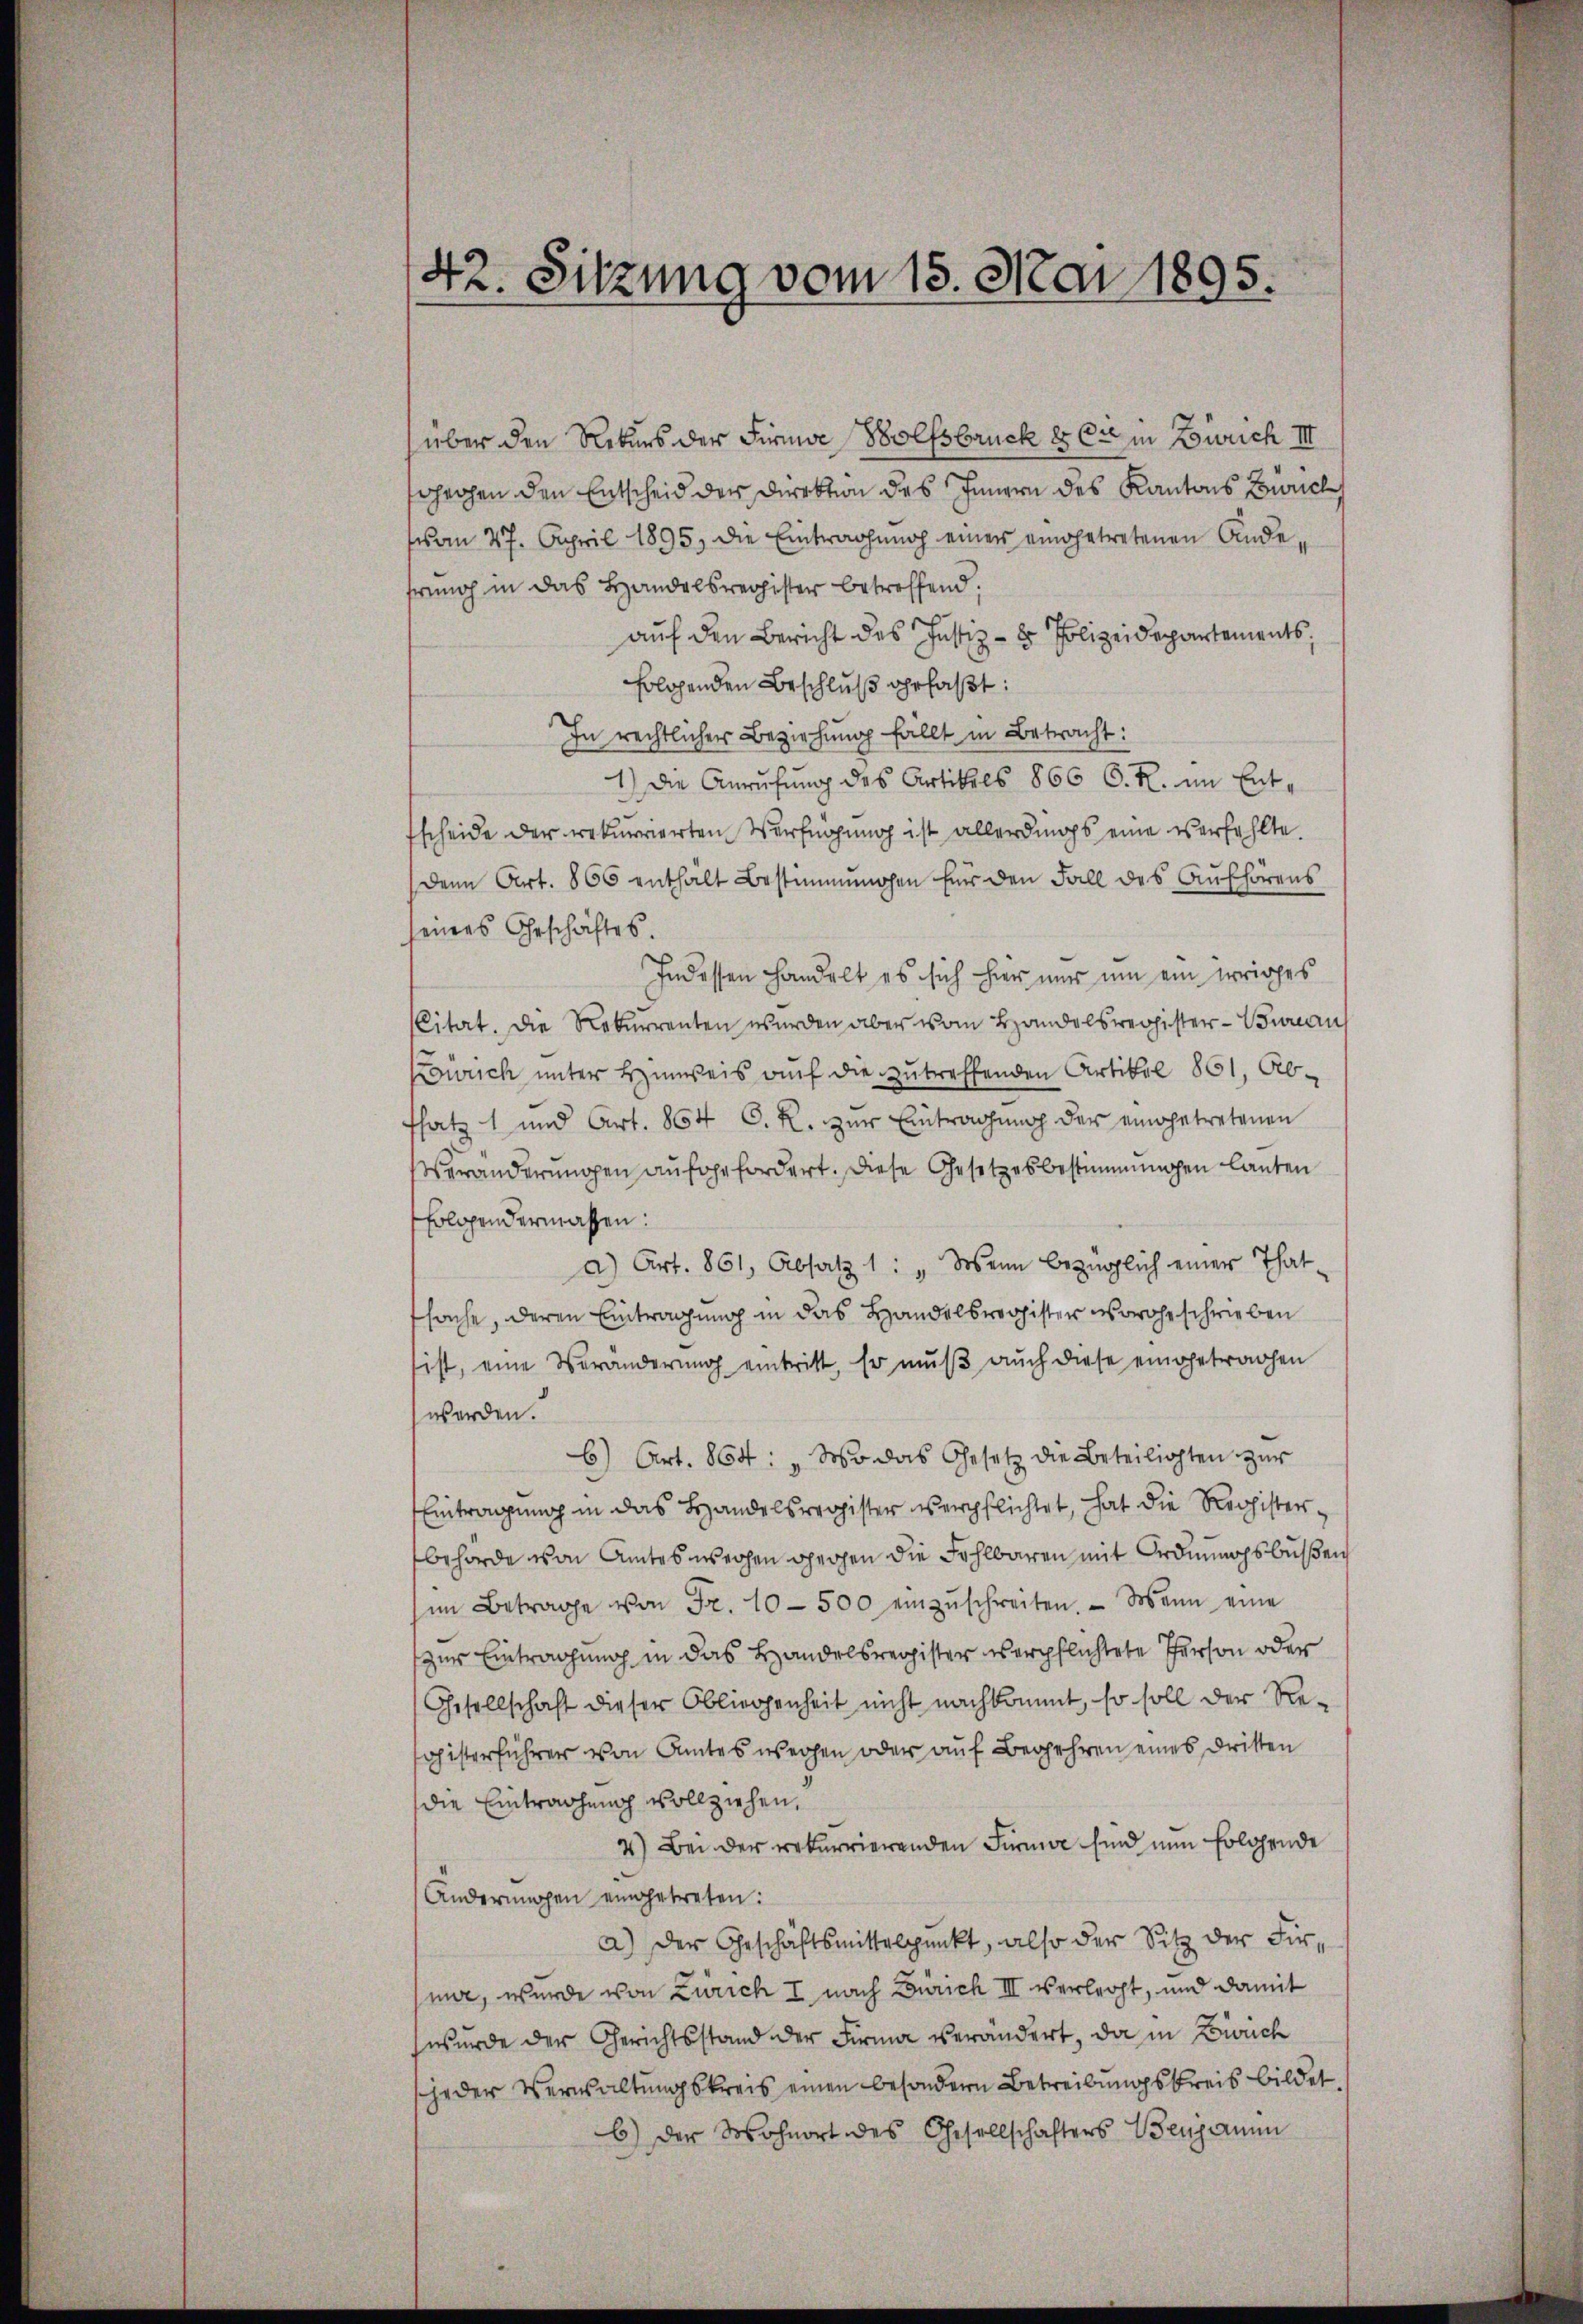
42. Sitzung vom 15. Mai 1895.

über den Rekurs der Firme Wolfsbruck & Cie in Zürich III
schechen den Entscheid der Direktion des Innern des Kantons Biel
vom 27. April 1895, die Eintragung einer eingetretenen Andefrung in das Handelsregister betreffend:
aŭf den Bericht des Justiz- & Polizeidepartements,
folgenden Beschluß gefaßt:
In rechtlicher Beziehung fällt in Betracht:
1) Die Anrufung des Artikels 866 C. R. im Entfscheide der rekurrierten Verfügung ist allerdings eine verfehlte.
Denn Art. 866 enthält Bestimmungen für den Fall des Aufhörens
seines Geschäftes.
Indessen handelt es sich hier nur um ein erriches
Citat. Die Rekurrenten wurden aber vom Handelsregister - Sunau
Konrich unter Hinweis auf die zutreffenden Artikel 861, Abfsatz 1 und Art. 864 C. R. zur Eintragung der eingetretenen
Veränderungen aufgefordert. Diese Gesetzesbestimmungen lauten
folgendermassen:
a) Art. 861, Absatz 1: „Wenn bezüglich einer That-
sache, deren Eintragung in das Handelsregister vorgeschrieben
ist, eine Veränderung eintritt, Er muß auch diese eingetrachen
werden.
6) Art. 864: „Wo das Gesetz die Beteiligten zur
Eintragung in das Handelsregister verpflichtet, hat die Registerbehörde von Amtes wegen gegen die Fehlbaren mit Ordnungsbußen
im Betrage von Fr. 10 - 500 einzŭschreiten. Wenn eine
zur Eintragung in das Handelsregister verpflichtete Person oder
Gesellschaft dieser Obliegenheit nicht nachkommt, so soll der Reoisterführer von Amtes wegen oder auf Begehren eines Dritten
die Eintrachung vollziehen,
4.) Bei der rekurrierenden Firma sind nun Eolgende
Anderungen eingetreten:
a) Der Geschäftsmittelpunkt, also der Sitz der Firnur, wurde von Zürich I, nach Zürich III verlegt, und damit
wurde der Gerichtsstand der Firma verändert, da in Zürich
jeder Verwaltungskreis einen besondern Betreibungskreis bildet.
b) der Wohnort des Gesellschafters Benjanen